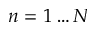
n = 1 \ldots N